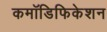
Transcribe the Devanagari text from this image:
कमॉडिफिकेशन